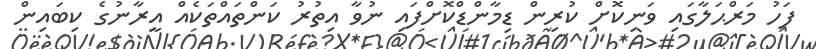
ފަހު މަރްޙަލާގައި ވަނިކޮށް ކުރިން ޑިމާންޑްކޮށްފައި ނުވާ އިތުުރު ކަންތައްތަކެއް އީރާނުގެ ކިބަައިން